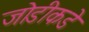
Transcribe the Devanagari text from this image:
जोडीकडे